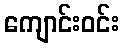
ကျောင်းဝင်း